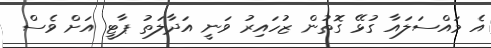
އެ މައްސަލައާ ގުޅޭ ގޮތުން ޒުހައިރު ވަނީ އަދާލަތު ޕާޓީ އަށް ވެސް